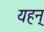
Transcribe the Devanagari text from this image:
यहन्